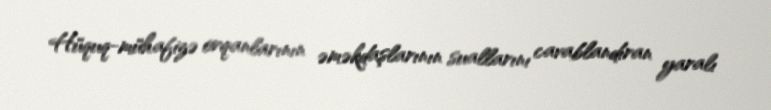
Hüquq-mühafizə orqanlarının əməkdaşlarının suallarını cavablandıran yaralı